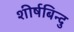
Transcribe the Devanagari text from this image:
शीर्षबिन्दु